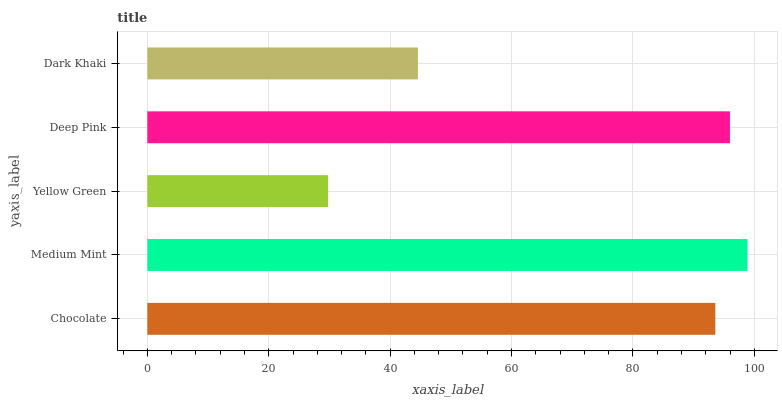
| yaxis_label | bars |
 | --- | --- |
 | Chocolate | 93.6 |
 | Medium Mint | 98.9 |
 | Yellow Green | 29.8 |
 | Deep Pink | 96 |
 | Dark Khaki | 44.6 |